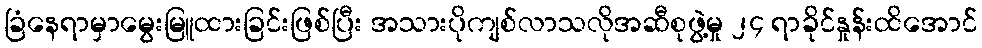
ခြံနေရာမှာမွေးမြူထားခြင်းဖြစ်ပြီး အသားပိုကျစ်လာသလိုအဆီစုဖွဲ့မှု ၂၄ ရာခိုင်နှုန်းထိအောင်